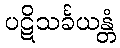
ပဋိသင်္ခယန္တံ